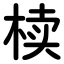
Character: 椟